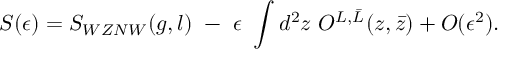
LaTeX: S ( \epsilon ) = S _ { W Z N W } ( g , l ) ~ - ~ \epsilon ~ \int d ^ { 2 } z ~ O ^ { L , \bar { L } } ( z , \bar { z } ) + { \cal O } ( \epsilon ^ { 2 } ) .